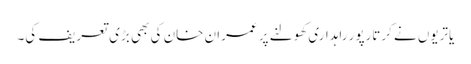
یاتریوں نے کرتارپور راہداری کھولنے پر عمران خان کی بھی بڑی تعریف کی۔